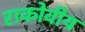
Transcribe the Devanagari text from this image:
राकोवीय